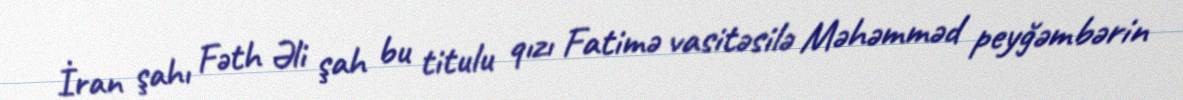
İran şahı Fəth Əli şah bu titulu qızı Fatimə vasitəsilə Məhəmməd peyğəmbərin